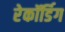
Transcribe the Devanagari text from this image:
रेकॉर्डिग